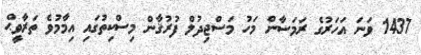
1437 ވަނަ އަހަރުގެ ރަމަޟާން މަހު މަސްޖިދުލް ފުރުޤާން މިސްކިތުގައި އިމާމުވެ ތަރާވީޙް